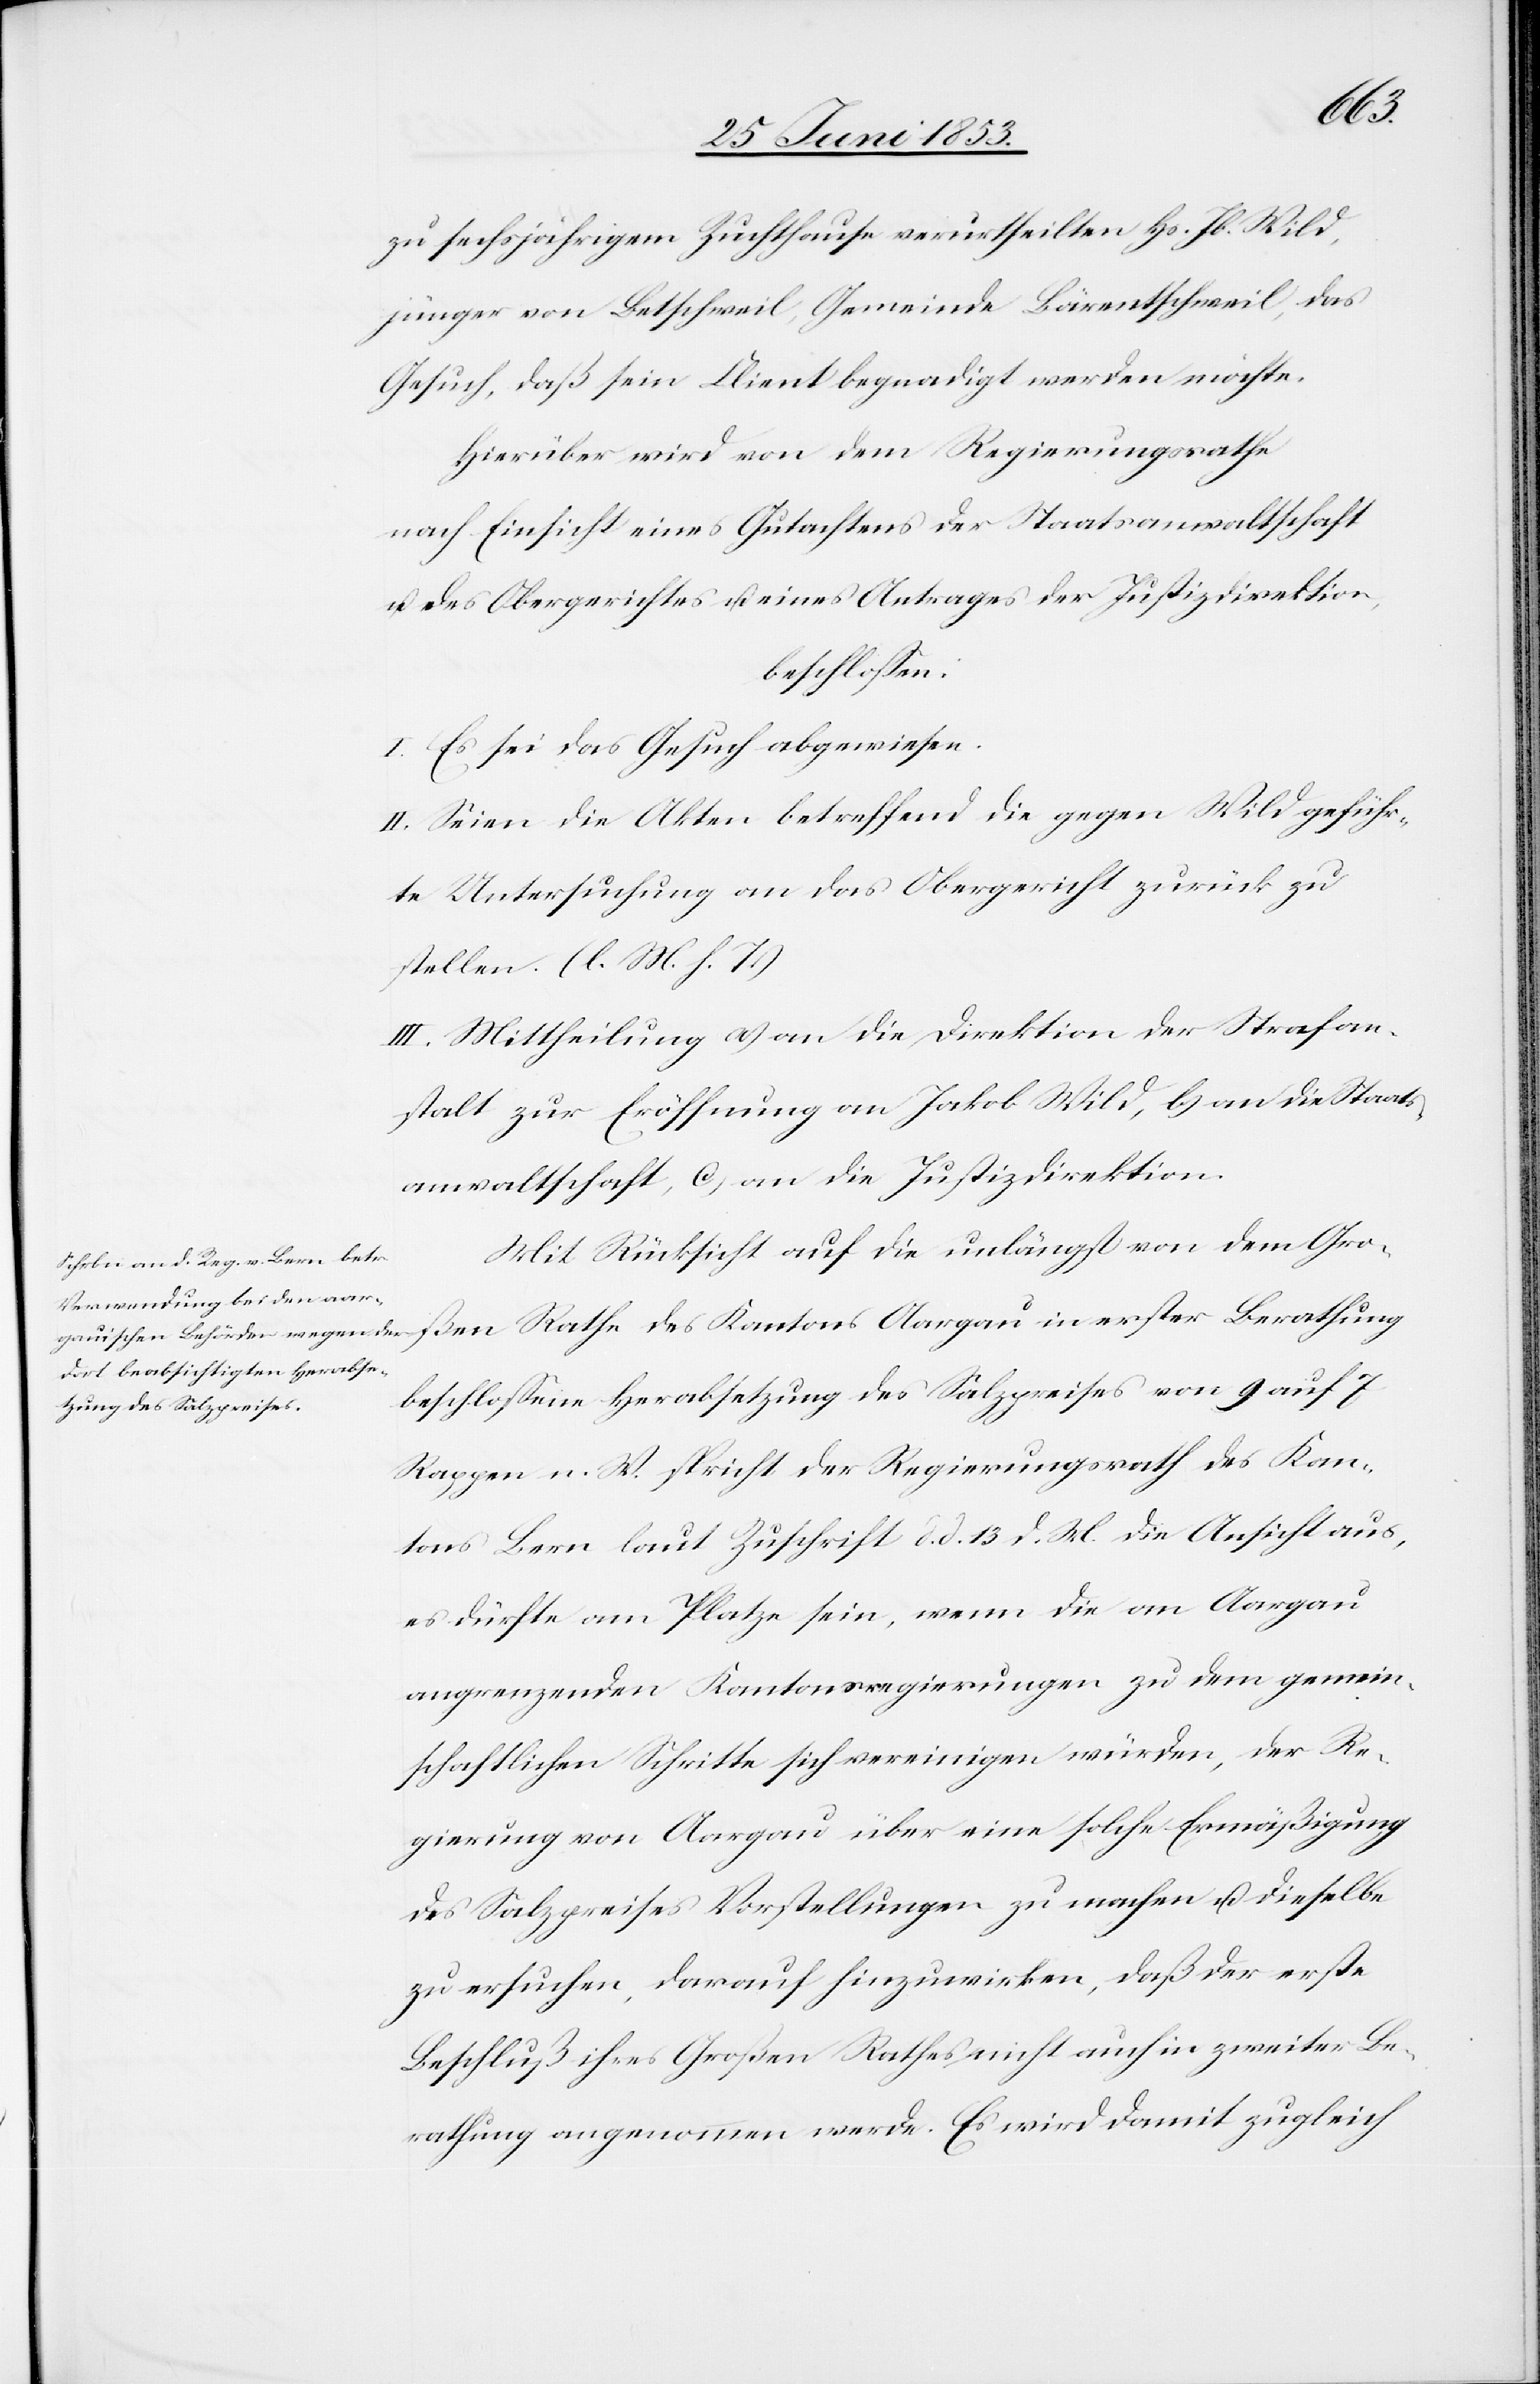
ßen
zu sechsjährigem Zuchthause verurtheilten Hs. Jb. Wild,
jünger von Betschweil Gemeinde Bärentschweil, das
Gesuch, daß sein Client begnadigt werden möchte.
Hierüber wird von dem Regierungsrathe
nach Einsicht eines Gutachtens der Staatsanwaltschaft
u. des Obergerichtes u. eines Antrages der Justizdirektion,
beschloßen:
I. Es sei das Gesuch abgewiesen.
II. Seien die Akten betreffend die gegen Wild geführ¬
te Untersuchung an das Obergericht zurück zu
stellen. [l. M. h. T]
III. Mittheilung a) an die Direktion der Strafan¬
stalt zur Eröffnung an Jakob Wild, b) an die Staats¬
anwaltschaft, c) an die Justizdirektion.
Mit Rücksicht auf die unlängst von dem Gro¬
beschloßene Herabsetzung des Salzpreises von 9 auf 7
Rappen n. W. spricht der Regierungsrath des Kan¬
tons Bern laut Zuschrift d. d. 13 d. M. die Ansicht aus,
es dürfte am Platze sein, wenn die an Aargau
angrenzenden Kantonsregierungen zu dem gemein¬
schaftlichen Schritte sich vereinigen würden, der Re¬
gierung von Aargau über eine solche Ermäßigung
des Salzpreises Vorstellungen zu machen u. dieselbe
zu ersuchen, darauf hinzuwirken, daß der erste
Beschluß ihres Großen Rathes nicht auch in zweiter Be¬
rathung angenommen werde. Es wird damit zugleich